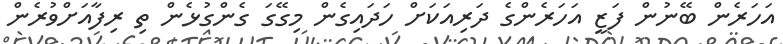
އަހަރެން ބޭނުން ފަޒީ އަހަރެންގެ ދަރިއަކަށް ހަދައިގެން މިގޭގަ ގެންގުޅެން ތި ރިފާއަށްވުރެން